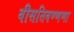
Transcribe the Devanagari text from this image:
वीसतिवण्णणा